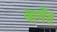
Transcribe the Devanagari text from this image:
जागेंत